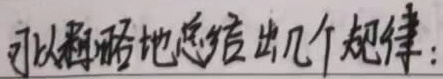
可以粗略地总结出几个规律：